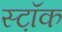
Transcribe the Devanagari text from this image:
स्ट़ॉक